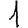
Digit: 1